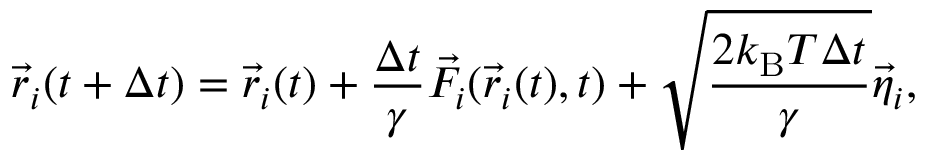
\vec { r } _ { i } ( t + \Delta t ) = \vec { r } _ { i } ( t ) + \frac { \Delta t } { \gamma } \vec { F } _ { i } ( \vec { r } _ { i } ( t ) , t ) + \sqrt { \frac { 2 k _ { \mathrm { B } } T \Delta t } { \gamma } } \vec { \eta } _ { i } ,